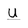
Character: U